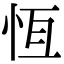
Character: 恆